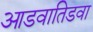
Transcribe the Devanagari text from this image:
आडवातिडवा